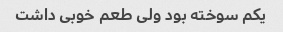
یکم سوخته بود ولی طعم خوبی داشت